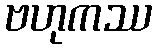
ဗဟုကဿ